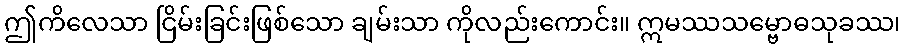
ဤကိလေသာ ငြိမ်းခြင်းဖြစ်သော ချမ်းသာ ကိုလည်းကောင်း။ ဣမဿသမ္ဗောဓသုခဿ၊